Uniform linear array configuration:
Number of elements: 16
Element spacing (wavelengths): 0.75
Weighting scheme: hann
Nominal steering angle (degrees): -60
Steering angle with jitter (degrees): -60.845
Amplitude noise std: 0.05
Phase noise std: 0.05

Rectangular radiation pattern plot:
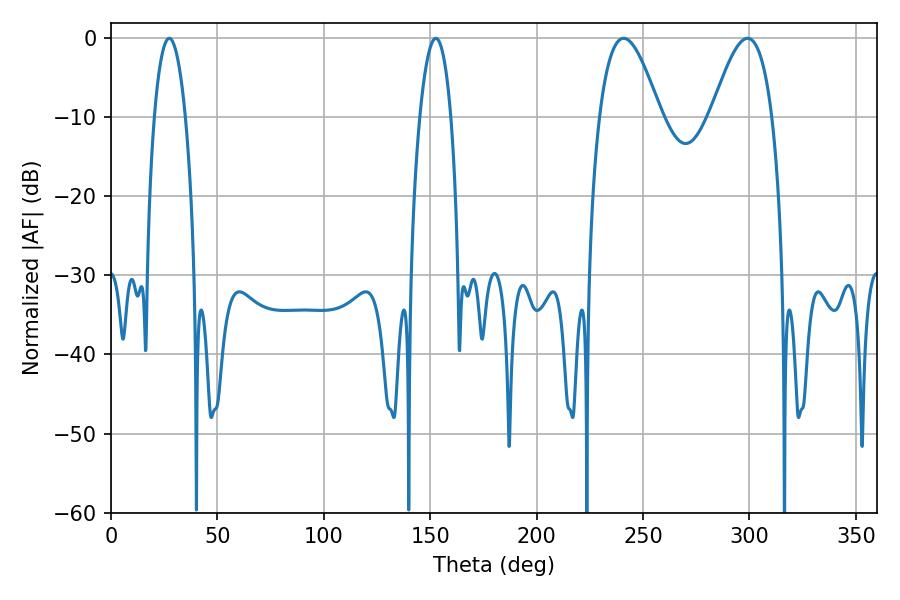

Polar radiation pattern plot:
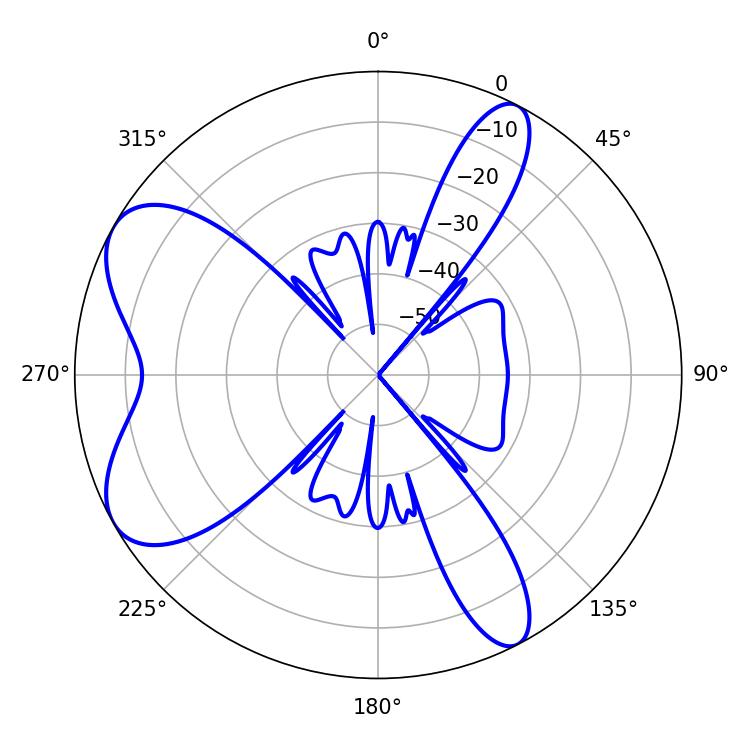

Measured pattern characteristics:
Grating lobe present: TRUE
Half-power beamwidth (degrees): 8.1
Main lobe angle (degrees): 27.36